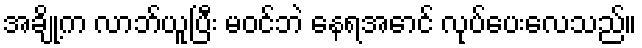
အချို့က လာဘ်ယူပြီး မဝင်ဘဲ နေရအောင် လုပ်ပေးလေသည်။